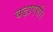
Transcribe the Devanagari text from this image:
बढ़ाएगी।